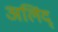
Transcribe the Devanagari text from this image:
अलिंद्